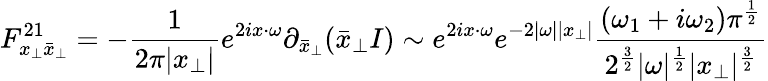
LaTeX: F_{x_{\perp}\bar{x}_{\perp}}^{21}=-\frac{1}{2\pi|x_{\perp}|}e^{2ix\cdot\omega}\partial_{\bar{x}_{\perp}}(\bar{x}_{\perp}I)\sim e^{2ix\cdot\omega}e^{-2|\omega||x_{\perp}|}{\frac{(\omega_{1}+i\omega_{2})\pi^{{\frac{1}{2}}}}{2^{{\frac{3}{2}}}|\omega|^{{\frac{1}{2}}}|x_{\perp}|^{{\frac{3}{2}}}}}